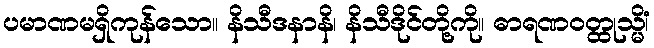
ပမာဏမရှိကုန်သော။ နိသီဒနာနိ၊ နိသီဒိုင်တို့ကို။ ဓာရဏဝတ္ထုသ္မိံ၊